Indian journal of veterinary science and animal husbandry - Volume 9,
Year: 1939
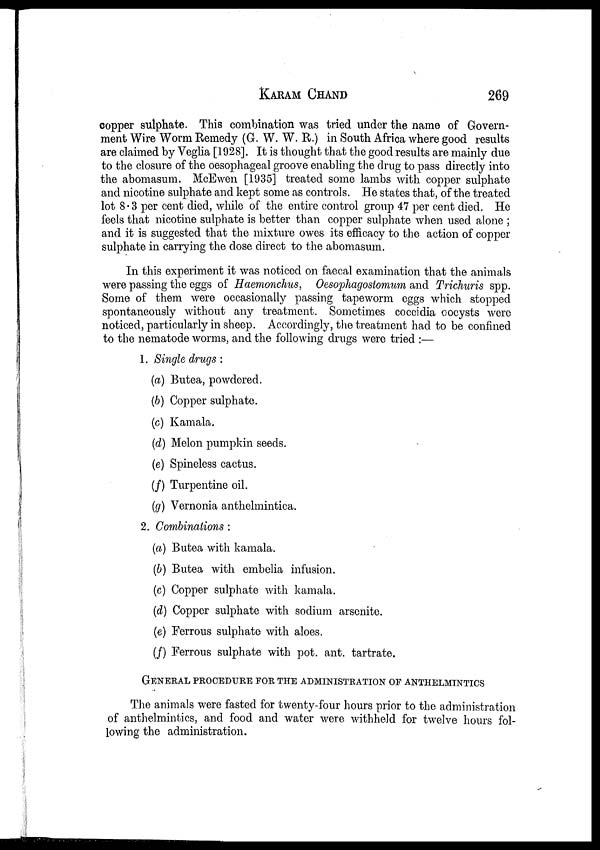
KARAM CHAND 269
copper sulphate. This combination was tried under the name of Govern-
ment Wire Worm Remedy (G. W. W. R.) in South Africa where good results
are claimed by Veglia [1928]. It is thought that the good results are mainly due
to the closure of the oesophageal groove enabling the drug to pass directly into
the abomasum. McEwen [1935] treated some lambs with copper sulphate
and nicotine sulphate and kept some as controls. He states that, of the treated
lot 8.3 per cent died, while of the entire control group 47 per cent died. He
feels that nicotine sulphate is better than copper sulphate when used alone ;
and it is suggested that the mixture owes its efficacy to the action of copper
sulphate in carrying the dose direct to the abomasum.
In this experiment it was noticed on faecal examination that the animals
were passing the eggs of Haemonchus, Oesophagostomum and Trichuris spp.
Some of them were occasionally passing tapeworm eggs which stopped
spontaneously without any treatment. Sometimes coccidia oocysts were
noticed, particularly in sheep. Accordingly, the treatment had to be confined
to the nematode worms, and the following drugs were tried :—
1. Single drugs:
(a) Butea, powdered.
(b) Copper sulphate.
(c) Kamala.
(d) Melon pumpkin seeds.
(e) Spineless cactus.
(f) Turpentine oil.
(g) Vernonia anthelmintica.
2. Combinations :
(a) Butea with kamala.
(b) Butea with embelia infusion.
(c) Copper sulphate with kamala.
(d) Copper sulphate with sodium arsenite.
(e) Ferrous sulphate with aloes.
(f) Ferrous sulphate with pot. ant. tartrate.
GENERAL PROCEDURE FOR THE ADMINISTRATION OF ANTHELMINTICS
The animals were fasted for twenty-four hours prior to the administration
of anthelmintics, and food and water were withheld for twelve hours fol-
lowing the administration.